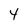
Character: 4